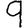
Digit: 9